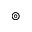
\circledcirc